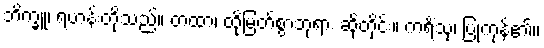
ဘိက္ခူ၊ ရဟန်းတို့သည်။ တထာ၊ ထိုမြတ်စွာဘုရား ဆိုတိုင်း။ ကရိံသု၊ ပြုကုန်၏။